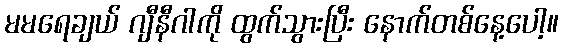
မမရေချယ် ဂျီနီဂါကို ထွက်သွားပြီး နောက်တစ်နေ့ပေါ့။